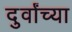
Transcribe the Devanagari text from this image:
दुर्वांच्या